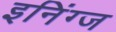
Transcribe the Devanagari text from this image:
इनिंग्ज